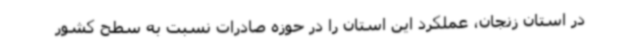
در استان زنجان، عملکرد این استان را در حوزه صادرات نسبت به سطح کشور